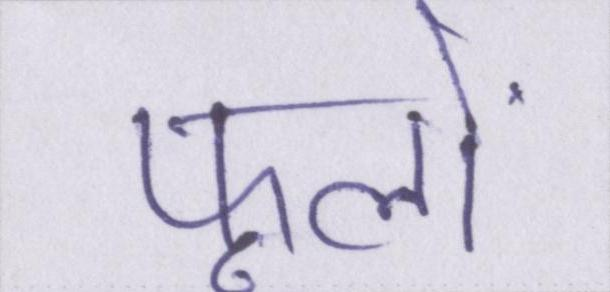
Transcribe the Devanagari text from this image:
फूलों